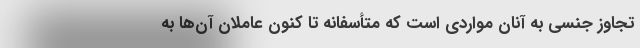
تجاوز جنسی به آنان مواردی است که متأسفانه تا کنون عاملان آن‌ها به